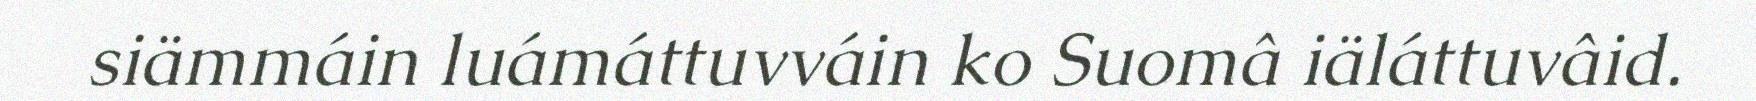
siämmáin luámáttuvváin ko Suomâ iäláttuvâid.